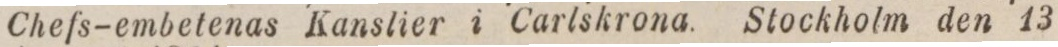
Chefs-embetenas Kanslier i Carlskrona. Stockholm den 13